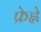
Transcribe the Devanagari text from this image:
फ्रेह्ले